画像に写った文字を読んでください
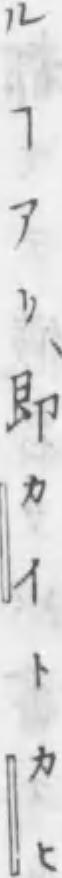
「ルヿアリ、即カイトカヒ」と書いてあります